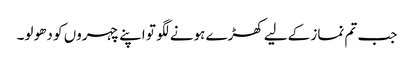
جب تم نماز کےلیے کھڑے ہونے لگو تو اپنے چہروں کو دھو لو۔